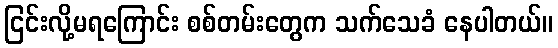
ငြင်းလို့မရကြောင်း စစ်တမ်းတွေက သက်သေခံ နေပါတယ်။